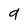
Character: 9